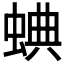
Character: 𧌎